Report on vaccination in Madras 1895-1903 - 1895-1903
Year: 1895
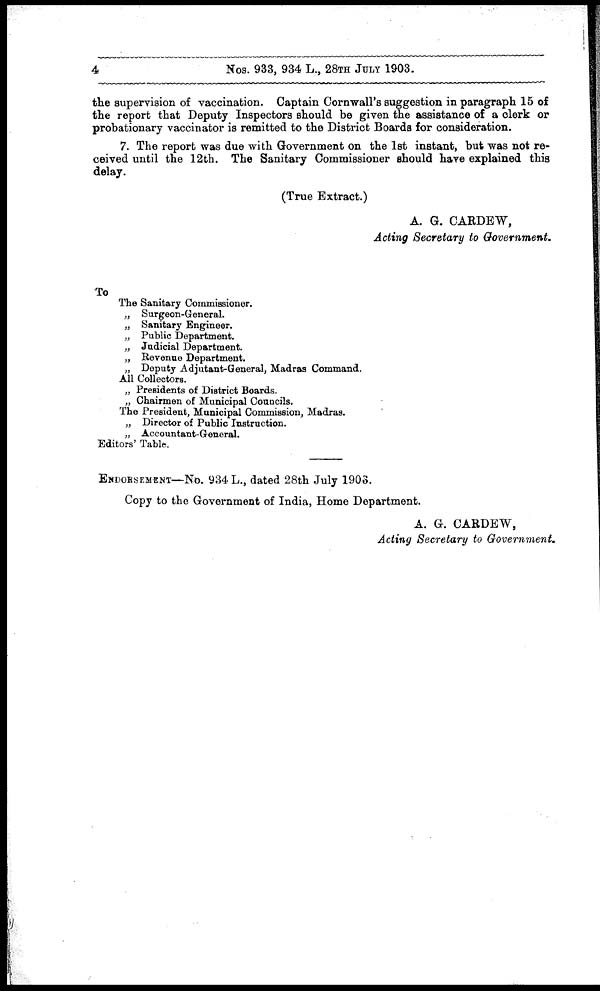
4
Nos. 933, 934 L., 28TH JULY 1903.
the supervision of vaccination. Captain Cornwall's suggestion in paragraph 15 of
the report that Deputy Inspectors should be given the assistance of a clerk or
probationary vaccinator is remitted to the District Boards for consideration.
7. The report was due with Government on the 1st instant, but was not re-
ceived until the 12th. The Sanitary Commissioner should have explained this
delay.
(True Extract.)
A. G. CARDEW,
Acting Secretary to Government.
To
The Sanitary Commissioner.
„ Surgeon-General.
„ Sanitary Engineer.
„ Public Department.
„ Judicial Department.
„ Revenue Department.
„ Deputy Adjutant-General, Madras Command.
All Collectors.
„ Presidents of District Boards.
„ Chairmen of Municipal Councils.
The President, Municipal Commission, Madras.
„ Director of Public Instruction.
„ Accountant-General.
Editors' Table.
ENDORSEMENT—No. 934 L., dated 28th July 1903.
Copy to the Government of India, Home Department.
A. G. CARDEW,
Acting Secretary to Government.